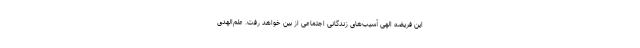
این فریضه الهی آسیب‌های زندگانی اجتماعی از بین خواهد رفت. علم‌الهدی